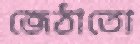
জেঠাতো